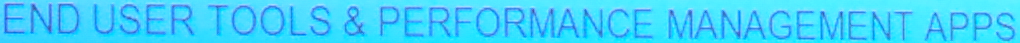
END USER TOOLS & PERFORMANCE MANAGEMENT APPS